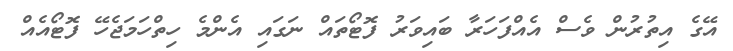
އޭގެ އިތުރުން ވެސް އެއްފަހަރާ ބައިވަރު ފޮޓޯތައް ނަގައި އެންމެ ހިތްހަމަޖެހޭ ފޮޓޯއެއް